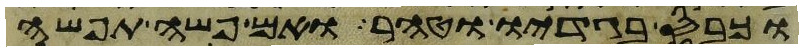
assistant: וכבס בגדיו וטהר ואם פשה תפשה